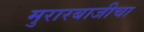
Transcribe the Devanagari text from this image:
मुरारबाजीचा